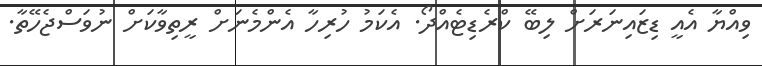
ވިއްޔާ އެއީ ޑިޒައިނަރަށް ލިބޭ ކްރެޑިޓެއްދޯ. އެކަމު ހުރިހާ އެންމެނަށް ރީތިވާކަށް ނުވަސްޖެހޭތާ.